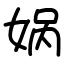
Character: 娲